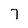
Character: 7